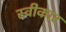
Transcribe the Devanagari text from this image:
स्वीकार